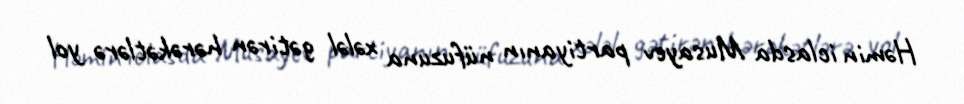
Həmin iclasda Musayev partiyanın nüfuzuna xələl gətirən hərəkətlərə yol